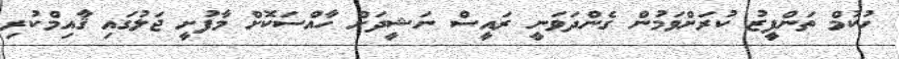
ހުކުމް ތަންފީޒު ކުރަށްވަމުން ގެންދަވަނީ ރައީސް ނަޝީދަށް ހާއްސަކޮށް މާފުށީ ޖަލުގައި ޤާއިމްކުރި